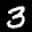
Label: 3